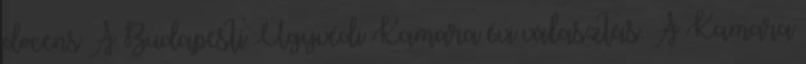
docens A Budapesti Ügyvédi Kamara évi választás. A Kamara